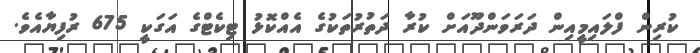
ކުރިން ފްލައިމީއިން ދަރަވަންދޫއަށް ކުރާ ދަތުރުތަކުގެ އެއްކޮޅު ޓިކެޓްގެ އަގަކީ 675 ރުފިޔާއެވެ.